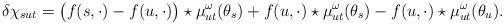
LaTeX: \begin{align*} \delta\chi_{sut} = \bigl(f(s,\cdot)-f(u,\cdot)\bigr)\star\mu^\omega_{ut}(\theta_s) + f(u,\cdot)\star\mu^\omega_{ut}(\theta_s) - f(u,\cdot)\star\mu^\omega_{ut}(\theta_u). \end{align*}